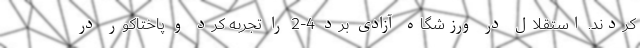
کردند. استقلال در ورزشگاه آزادی برد 4-2 را تجربه کرد و پاختاکور در